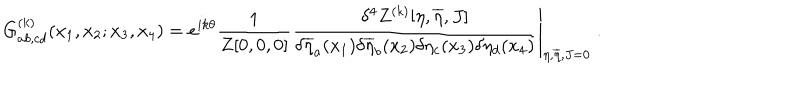
G _ { a b , c d } ^ { ( k ) } ( x _ { 1 } , x _ { 2 } ; x _ { 3 } , x _ { 4 } ) = e ^ { i k \theta } \frac { 1 } { Z [ 0 , 0 , 0 ] } \left. \frac { \delta ^ { 4 } Z ^ { ( k ) } [ \eta , \overline { { { \eta } } } , J ] } { \delta \overline { { { \eta } } } _ { a } ( x _ { 1 } ) \delta \overline { { { \eta } } } _ { b } ( x _ { 2 } ) \delta \eta _ { c } ( x _ { 3 } ) \delta \eta _ { d } ( x _ { 4 } ) } \right| _ { \eta , \overline { { { \eta } } } , J = 0 } \; .